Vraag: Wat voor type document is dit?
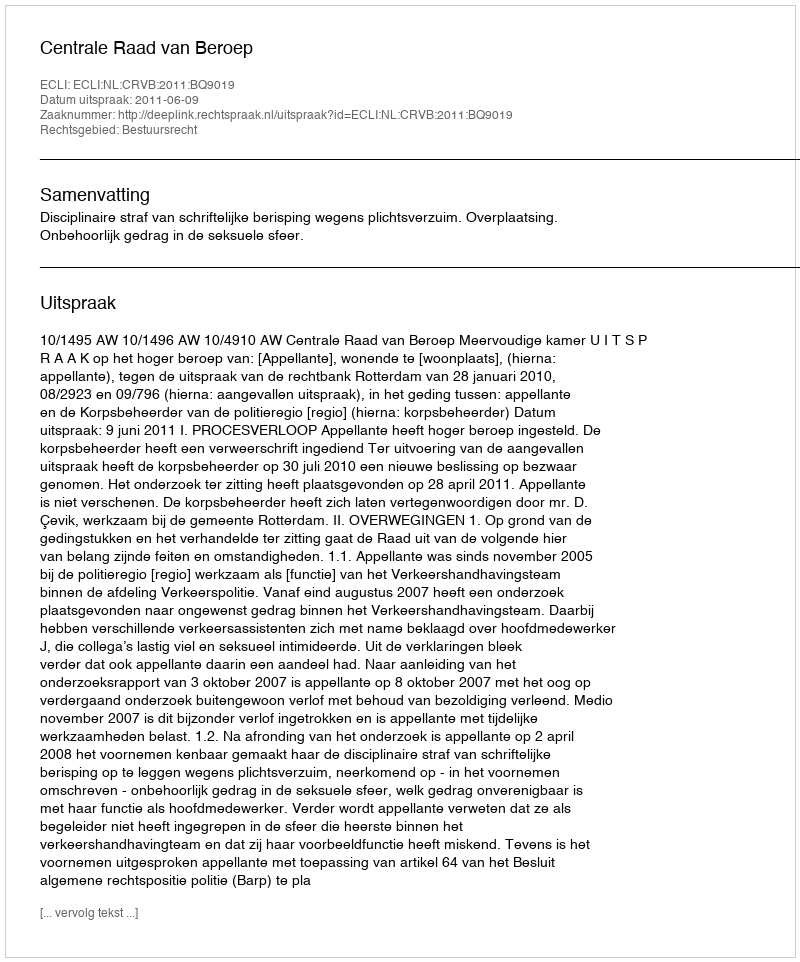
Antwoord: Uitspraak